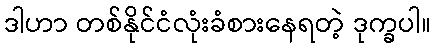
ဒါဟာ တစ်နိုင်ငံလုံးခံစားနေရတဲ့ ဒုက္ခပါ။